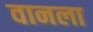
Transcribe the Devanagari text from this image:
वानला